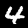
Digit: 4